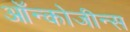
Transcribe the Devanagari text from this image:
ऑन्कोजीन्स